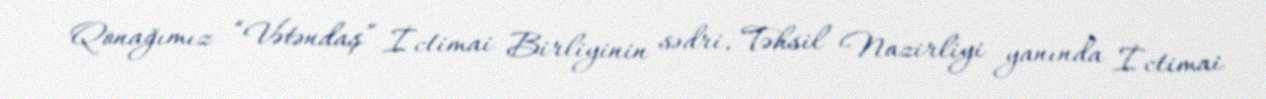
Qonağımız “Vətəndaş” İctimai Birliyinin sədri, Təhsil Nazirliyi yanında İctimai